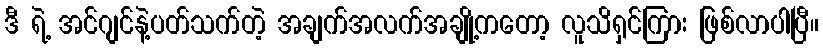
ဒီ ရဲ့ အင်ဂျင်နဲ့ပတ်သက်တဲ့ အချက်အလက်အချို့ကတော့ လူသိရှင်ကြား ဖြစ်လာပါပြီ။